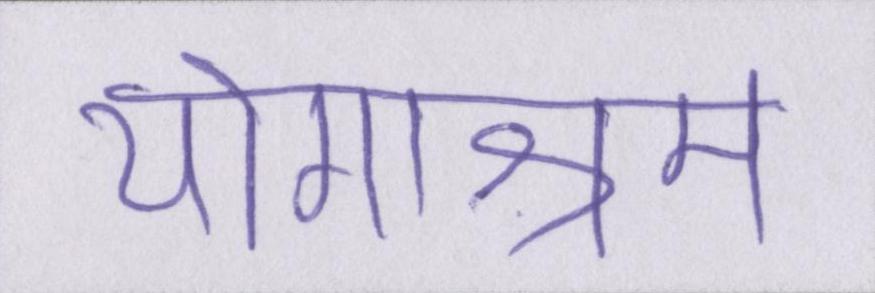
योगाश्रम